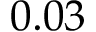
0 . 0 3